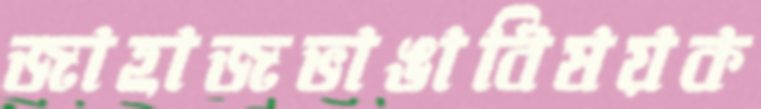
জাহাজভাঙাবিষয়ক